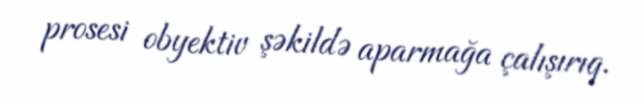
prosesi obyektiv şəkildə aparmağa çalışırıq.